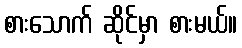
စားသောက် ဆိုင်မှာ စားမယ်။